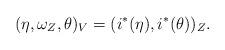
LaTeX: \begin{align*}(\eta, \omega_Z, \theta)_V=(i^\ast(\eta), i^\ast(\theta))_Z.\end{align*}